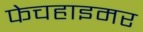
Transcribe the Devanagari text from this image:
फेचहाइमर